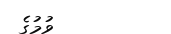
ވުމުގެ